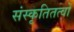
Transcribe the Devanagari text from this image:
संस्कृतितत्वों